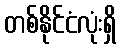
တစ်နိုင်ငံလုံးရှိ